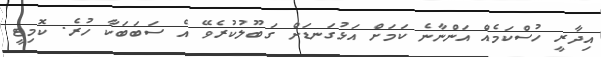
އިދާރީ ހުސްކަމެއް އަންނާނެ ކަމަށް އަޅުގަނޑަށް ގަބޫލުކުރެވޭ އެ ސަބަބަކާ ހުރެ. ކޮމިޓީ